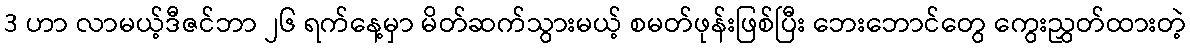
3 ဟာ လာမယ့်ဒီဇင်ဘာ ၂၆ ရက်နေ့မှာ မိတ်ဆက်သွားမယ့် စမတ်ဖုန်းဖြစ်ပြီး ဘေးဘောင်တွေ ကွေးညွှတ်ထားတဲ့